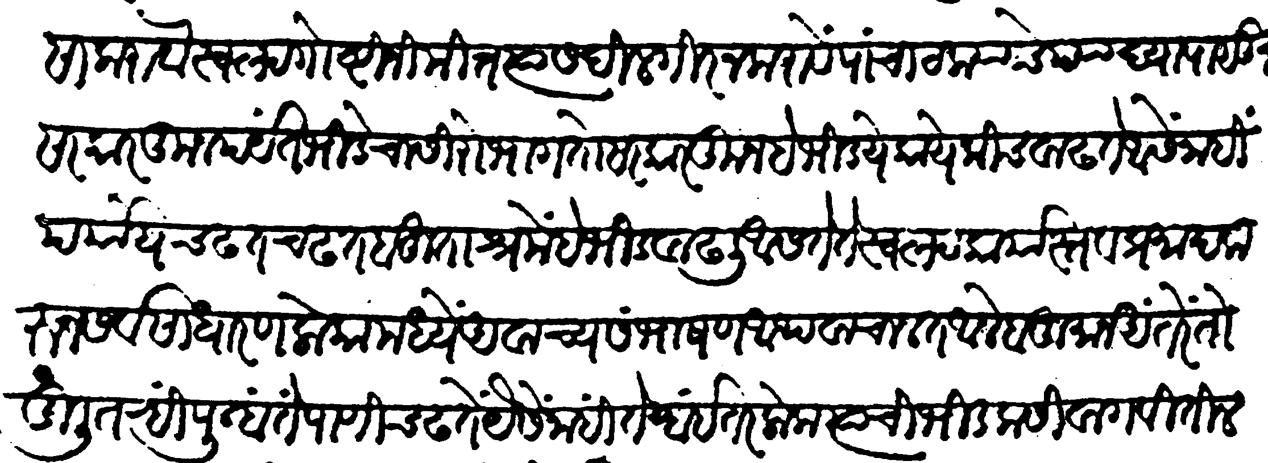
Transliteration (Devanagari): चालविलासा करावे स्वल्प गोष्टीनिमित्त त्यास दिलगीर न करावे पांचा टक्क्यांचे प्याद्यापासून सरकारकूनपर्यंत भिडेचा शिरोभाग तो सरकारकून हे भीड येकायेकीच वाढते यैसें नाहीं पर्यायें चढ़त चढत बहुताश्रमें हे भीड वाढली असते ते स्वल्प कार्यास्तव प्रमाद करुन सर्वसाधारण लोकांमध्ये अवाच्य संभाषण अथवा चालत आले बहुमान अंतरें तोडिली तन्ही पुन्हा तें पाणी चढतें यैसें नाहीं तेव्हा इतर लोक त्याची भीड कसी वागवितील